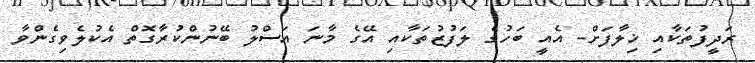
ރަދީފުތަކާއި ޚިލާފަށް- އެއީ ބަހުގެ ލަފުޒުތަކާއި އޭގެ މާނަ އަސްލު ބޭނުންކުރާގޮތް އެކުލެވިގެންވާ